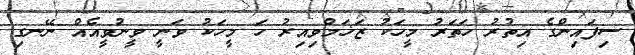
ސިފައިންގެ އިތުރު ހަތަރު މީހަކު ޒަޚަމްވިއިރު ހަ މީހަކު ވަނީ ވީނުވީއެއް ނޭނގި